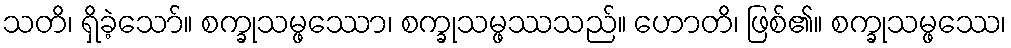
သတိ၊ ရှိခဲ့သော်။ စက္ခုသမ္ဖဿော၊ စက္ခုသမ္ဖဿသည်။ ဟောတိ၊ ဖြစ်၏။ စက္ခုသမ္ဖဿေ၊